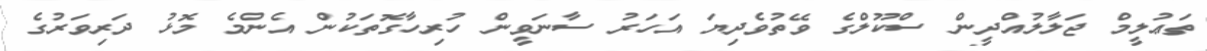
ތަޢުލީމް ޖަލާލުއްދީން ސްކޫލްގެ ވޭތުވެދިޔަ އަހަރު ސާނަވީން ހުރިހާގޮތަކުން އެންމެ މޮޅު ދަރިވަރުގެ